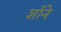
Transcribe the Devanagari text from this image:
र्शाने